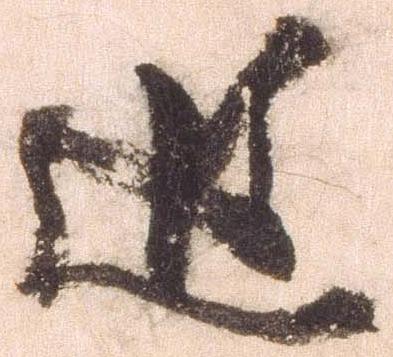
追